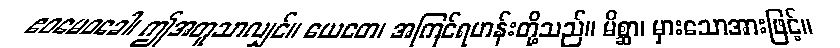
ဧဝမေဝခေါ၊ ဤအတူသာလျှင်။ ယေတေ၊ အကြင်ရဟန်းတို့သည်။ မိစ္ဆာ၊ မှားသောအားဖြင့်။